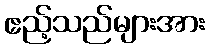
ဧည့်သည်များအား